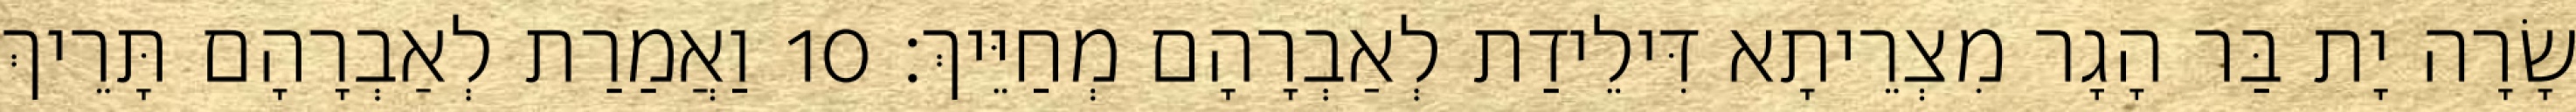
שָׂרָה יָת בַּר הָגָר מִצְרֵיתָא דִּילֵידַת לְאַבְרָהָם מְחַיֵּיךְ׃ 10 וַאֲמַרַת לְאַבְרָהָם תָּרֵיךְ